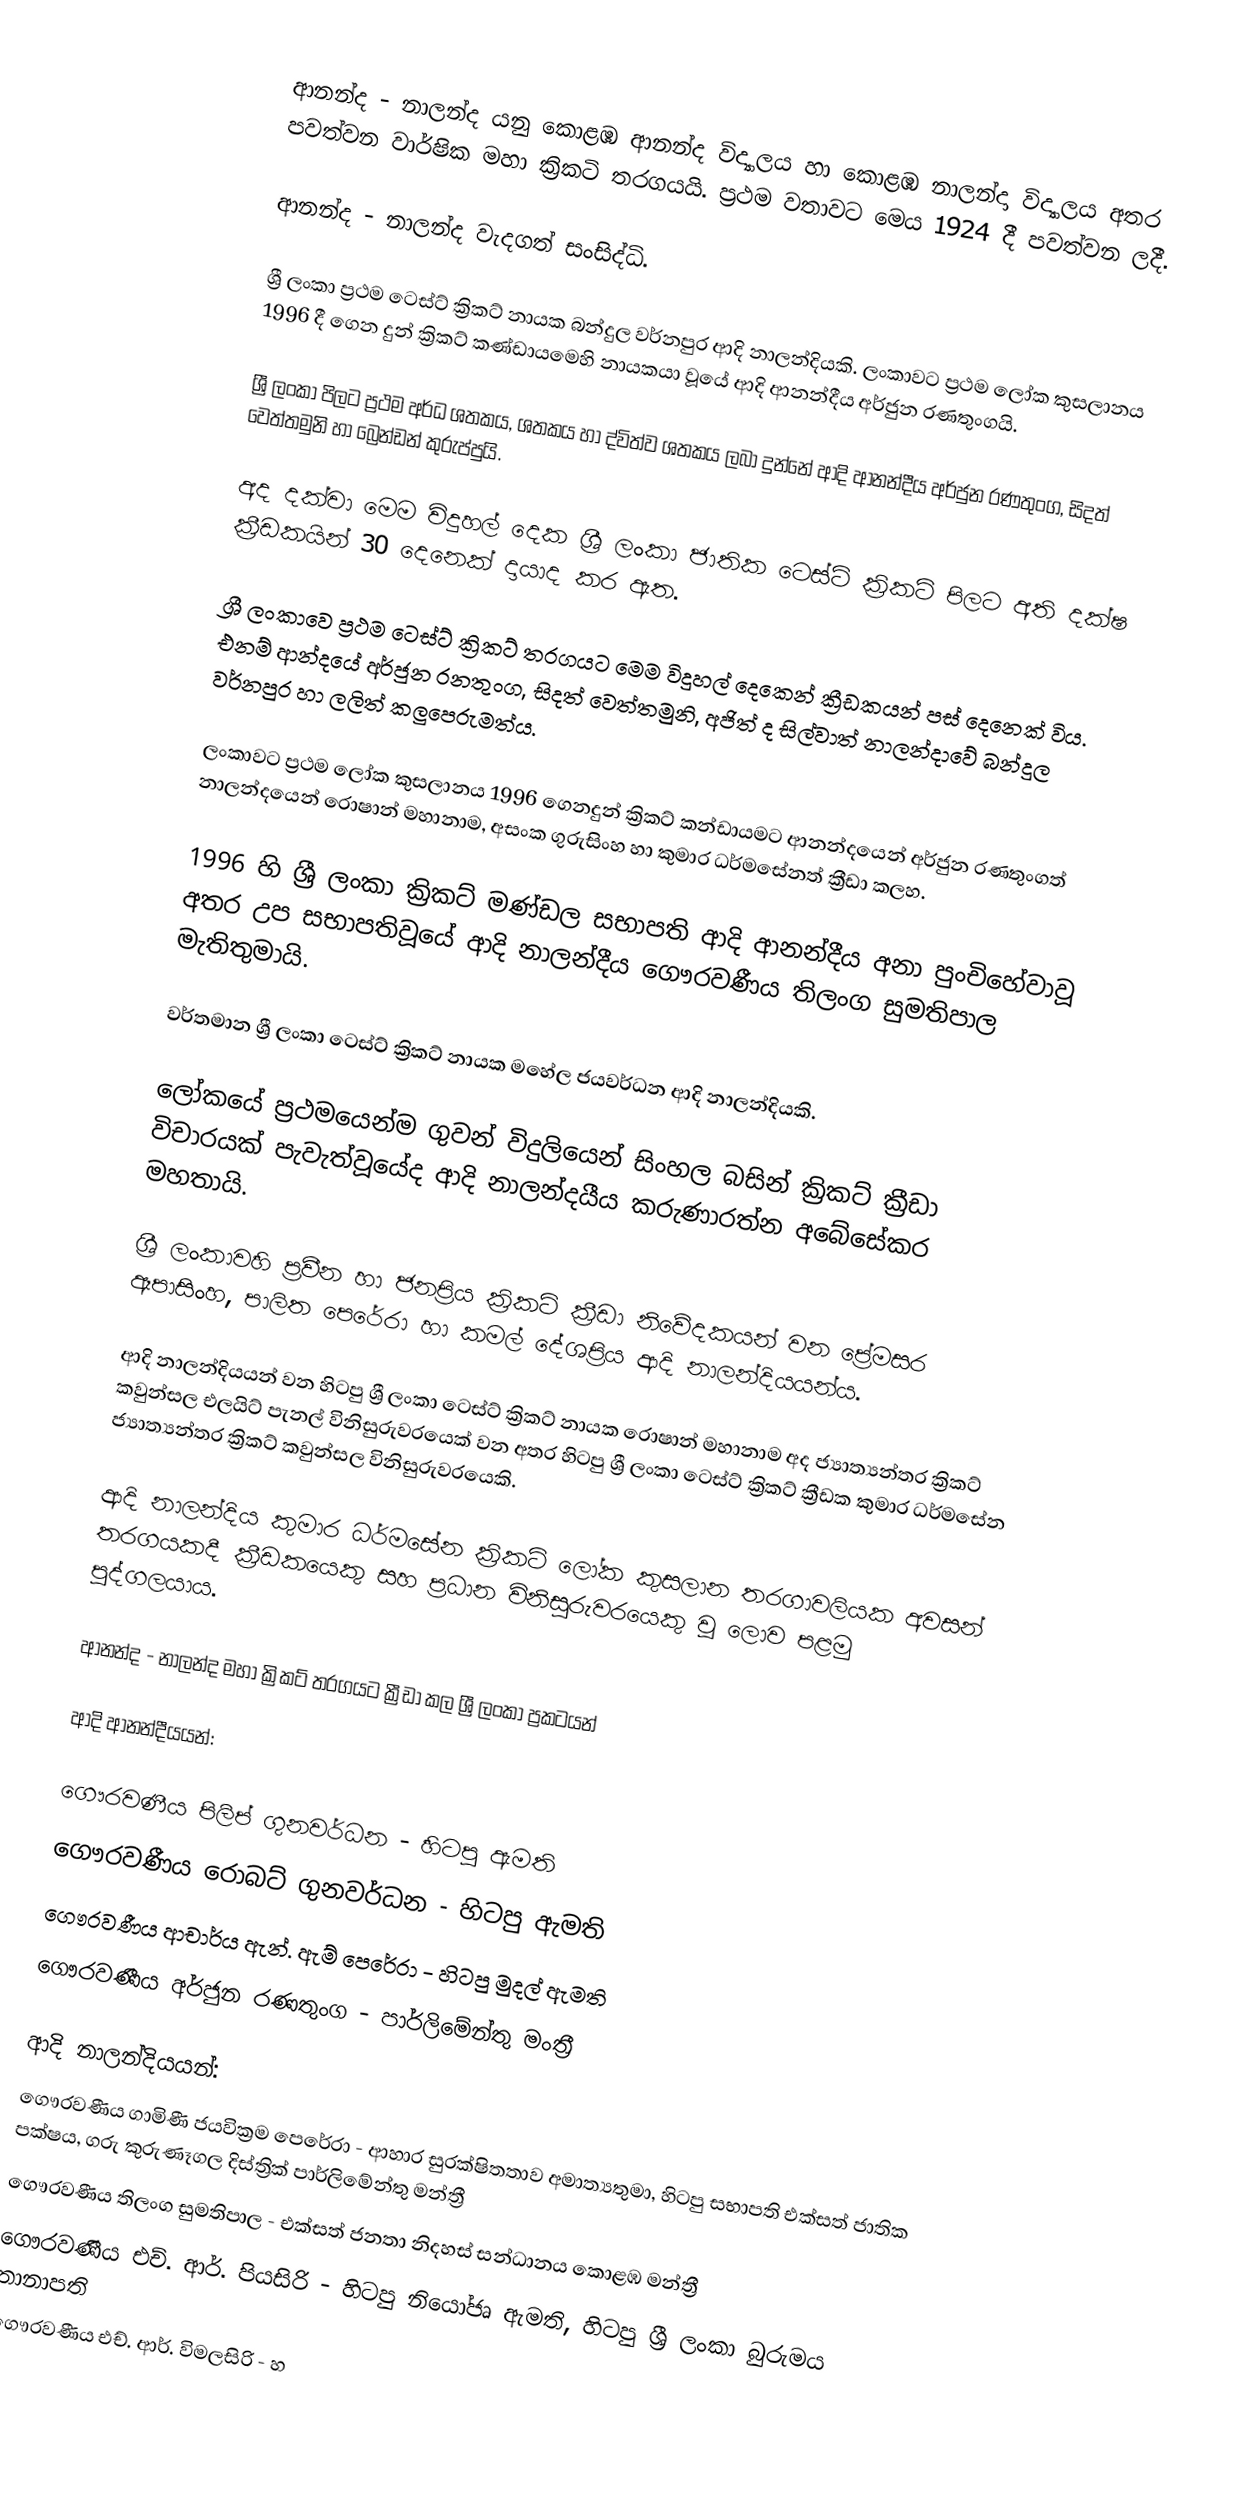
ආනන්ද - නාලන්ද යනු කොළඹ ආනන්ද විද්‍යාලය හා කොළඹ නාලන්දා විද්‍යාලය අතර පවත්වන වාර්ෂික  මහා ක්‍රිකටි තරගයයි. ප්‍රථම වතාවට මෙය 1924 දී පවත්වන ලදී.

ආනන්ද - නාලන්ද වැදගත් සංසිද්ධි.

 ශ්‍රී ලංකා ප්‍රථම ටෙස්ට් ක්‍රිකට් නායක බන්දුල වර්නපුර ආදි නාලන්දියකි. ලංකාවට ප්‍රථම ලෝක කුසලානය 1996 දී ගෙන දුන් ක්‍රිකට් කණ්ඩායමෙහි නායකයා වූයේ ආදි ආනන්දීය අර්ජුන රණතුංගයි.

 ශ්‍රී ලංකා පිලට ප්‍රථම අර්ධ ශතකය, ශතකය හා ද්විත්ව ශතකය ලබා දුන්නේ ආදි ආනන්දීය අර්ජුන රණතුංග, සිදත් වෙත්තමුනි හා බ්‍රෙන්ඩන් කුරුප්පුයි.

 අද දක්වා මෙම විදුහල් දෙක ශ්‍රී ලංකා ජාතික ටෙස්ට් ක්‍රිකට් පිලට අති දක්ෂ ක්‍රීඩකයින් 30 දෙනෙක් දායාද කර ඇත.

 ශ්‍රී ලංකාවෙ ප්‍රථම ටෙස්ට් ක්‍රිකට් තරගයට මෙම විදුහල් දෙකෙන් ක්‍රීඩකයන් පස් දෙනෙක් විය. එනම් ආන්දයේ අර්ජුන රනතුංග, සිදත් වෙත්තමුනි, අජිත් ද සිල්වාත් නාලන්දාවේ බන්දුල වර්නපුර හා ලලිත් කලුපෙරුමත්ය.

 ලංකාවට ප්‍රථම ලෝක කුසලානය 1996 ගෙනදුන් ක්‍රිකට් කන්ඩායමට ආනන්දයෙන් අර්ජුන රණතුංගත් නාලන්දයෙන් රොෂාන් මහානාම, අසංක ගුරුසිංහ හා කුමාර ධර්මසේනත් ක්‍රීඩා කලහ.

 1996 හි ශ්‍රී ලංකා ක්‍රිකට් මණ්ඩල සභාපති ආදි ආනන්දීය අනා පුංචිහේවාවූ අතර උප සභාපතිවූයේ ආදි නාලන්දීය ගෞරවණීය තිලංග සුමතිපාල මැතිතුමායි.

 වර්තමාන ශ්‍රී ලංකා ටෙස්ට් ක්‍රිකට් නායක මහේල ජයවර්ධන ආදි නාලන්දියකි.

 ලෝකයේ ප්‍රථමයෙන්ම ගුවන් විදුලියෙන් සිංහල බසින් ක්‍රිකට් ක්‍රීඩා විචාරයක් පැවැත්වූයේද ආදි නාලන්දයීය කරුණාරත්න අබේසේකර මහතායි.

 ශ්‍රී ලංකාවහි ප්‍රවීන හා ජනප්‍රිය ක්‍රිකට් ක්‍රීඩා නිවේදකයන් වන ප්‍රේමසර ඈපාසිංහ, පාලිත පෙරේරා හා කමල් දේශප්‍රිය ආදි නාලන්දියයන්ය.

 ආදි නාලන්දියයන් වන හිටපු ශ්‍රී ලංකා ටෙස්ට් ක්‍රිකට් නායක රොෂාන් මහානාම අද ජ්‍යාත්‍යන්තර ක්‍රිකට් කවුන්සල එලයිට් පැනල් විනිසුරුවරයෙක් වන අතර හිටපු ශ්‍රී ලංකා ටෙස්ට් ක්‍රිකට් ක්‍රීඩක කුමාර ධර්මසේන ජ්‍යාත්‍යන්තර ක්‍රිකට් කවුන්සල විනිසුරුවරයෙකි.

 ආදි නාලන්දිය කුමාර ධර්මසේන ක්‍රිකට් ලෝක කුසලාන තරගාවලියක අවසන් තරගයකදී ක්‍රීඩකයෙකු සහ ප්‍රධාන විනිසුරුවරයෙකු වූ ලොව පළමු පුද්ගලයාය.

ආනන්ද - නාලන්ද මහා ක්‍රිකට් තරගයට ක්‍රීඩා කල ශ්‍රී ලංකා ප්‍රකටයන්

ආදි ආනන්දීයයන්:

 ගෞරවණීය පිලිප් ගුනවර්ධන - හිටපු ඇමති
 ගෞරවණීය රොබට් ගුනවර්ධන - හිටපු ඇමති
 ගෞරවණීය ආචාර්ය ඇන්. ඇම් පෙරේරා - හිටපු මුදල් ඇමති
 ගෞරවණීය අර්ජුන රණතුංග - පාර්ලිමේන්තු මංත්‍රී

ආදි නාලන්දියයන්:
 ගෞරවණීය ගාමිණී ජයවික්‍රම පෙරේරා - ආහාර සුරක්ෂිතතාව අමාත්‍යතුමා, හිටපු සභාපති එක්සත් ජාතික පක්ෂය,  ගරු කුරුණෑගල දිස්ත්‍රික් පාර්ලිමේන්තු මන්ත්‍රී
 ගෞරවණීය තිලංග සුමතිපාල - එක්සත් ජනතා නිදහස් සන්ධානය කොළඹ මන්ත්‍රී
 ගෞරවණීය එච්. ආර්. පියසිරි - හිටපු නියෝජෘ ඇමති, හිටපු ශ්‍රී ලංකා බුරුමය තානාපති
 ගෞරවණීය එච්. ආර්. විමලසිරි - හ